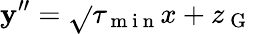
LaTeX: \mathbf{y}^{\prime\prime}=\sqrt{}{{\tau_{\mathrm{{~m~i~n~}}}}}x+z_{\mathrm{{~G~}}}